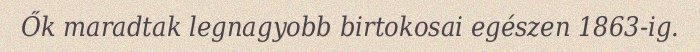
Ők maradtak legnagyobb birtokosai egészen 1863-ig.